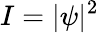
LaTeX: I=|\psi|^{2}